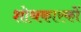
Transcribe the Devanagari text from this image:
शोधकारकों